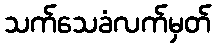
သက်သေခံလက်မှတ်